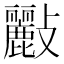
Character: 𣀷